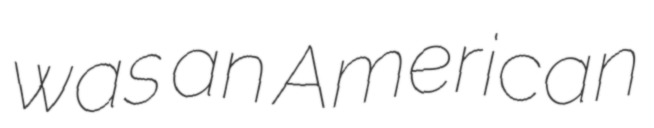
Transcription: was an American